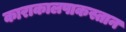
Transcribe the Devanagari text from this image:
काराकालपाकस्तान